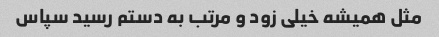
مثل همیشه خیلی زود و مرتب به دستم رسید سپاس